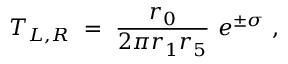
T _ { L , R } ~ = ~ \frac { r _ { 0 } } { 2 \pi r _ { 1 } r _ { 5 } } ~ e ^ { \pm \sigma } ~ ,